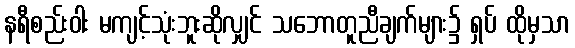
နရီစည်းဝါး မကျင့်သုံးဘူးဆိုလျှင် သဘောတူညီချက်များ၌ ရှပ် ထိုမှသာ